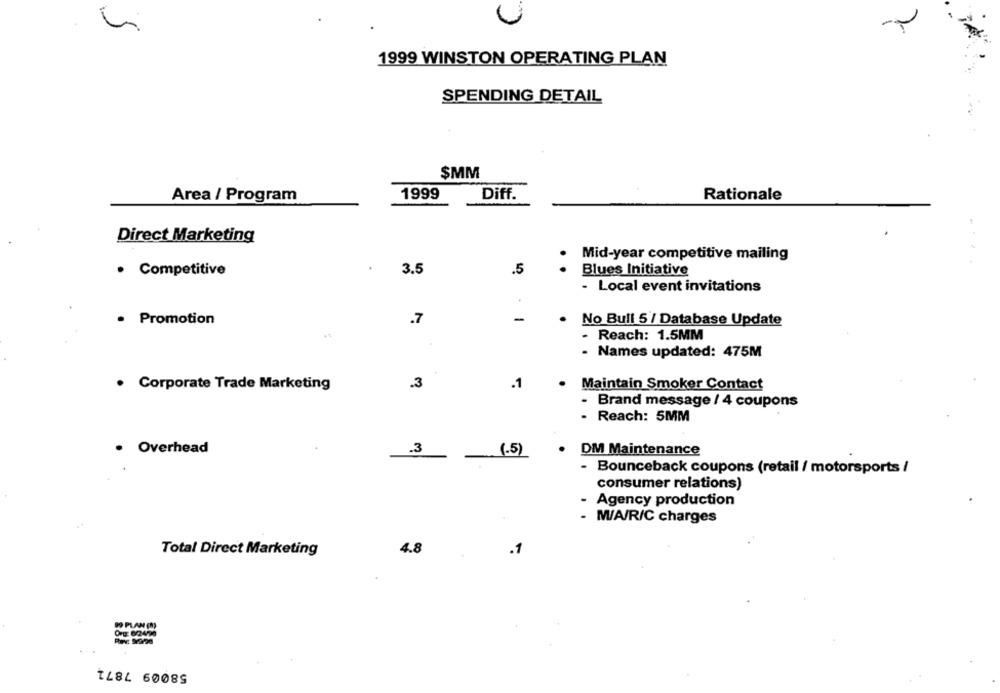
Y
1999 WINSTON OPERATING PLAN
SPENDING DETAIL
SMM
Area / Program
1999
Diff.
Rationale
Direct Marketing
Mid-year competitive mailing
3.5
Blues Initiative
· Competitive
.5
- Local event invitations
· Promotion
.7
No Bull 5 / Database Update
Reach: 1.5MM
- Names updated: 475M
. Corporate Trade Marketing
.3
.1
Maintain Smoker Contact
- Brand message / 4 coupons
- Reach: 5MM
Overhead
.3
(.5)
DM Maintenance
- Bounceback coupons (retail / motorsports /
consumer relations)
Agency production
- M/A/R/C charges
Total Direct Marketing
4.8
.1
58009 7871